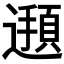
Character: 𮟖